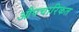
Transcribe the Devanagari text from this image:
औपचारिकत